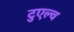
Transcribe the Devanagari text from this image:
टुएल्व